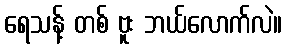
ရေသန့် တစ် ဗူး ဘယ်လောက်လဲ။